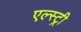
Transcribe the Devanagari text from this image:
एल्स्ट्री